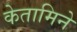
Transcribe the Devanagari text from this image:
केतामिने